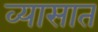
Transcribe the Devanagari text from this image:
व्यासात